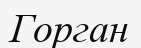
Горган